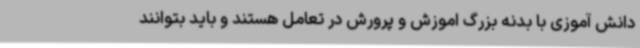
دانش آموزی با بدنه بزرگ اموزش و پرورش در تعامل هستند و باید بتوانند